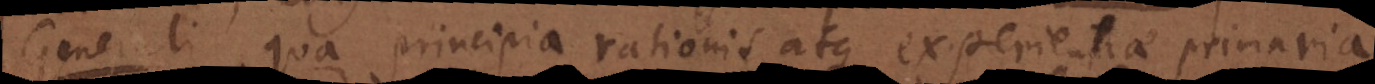
l i, qua principia rationis atque experientiae primaria